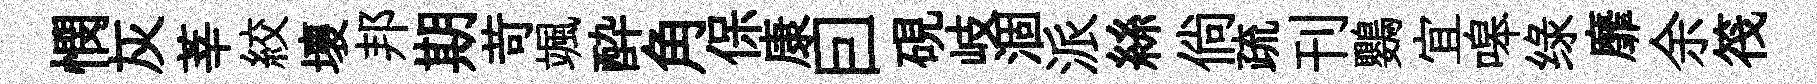
憫灰莘絞壞邦期苛颯酔角保康囙硯岐涸派絲倘疏刊鸚宜嗥绿靡余筏